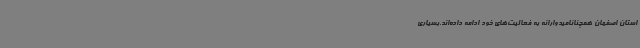
استان اصفهان همچنانامیدوارانه به فعالیت‌های خود ادامه داده‌اند.بسیاری